Riigikantselei, lk 372
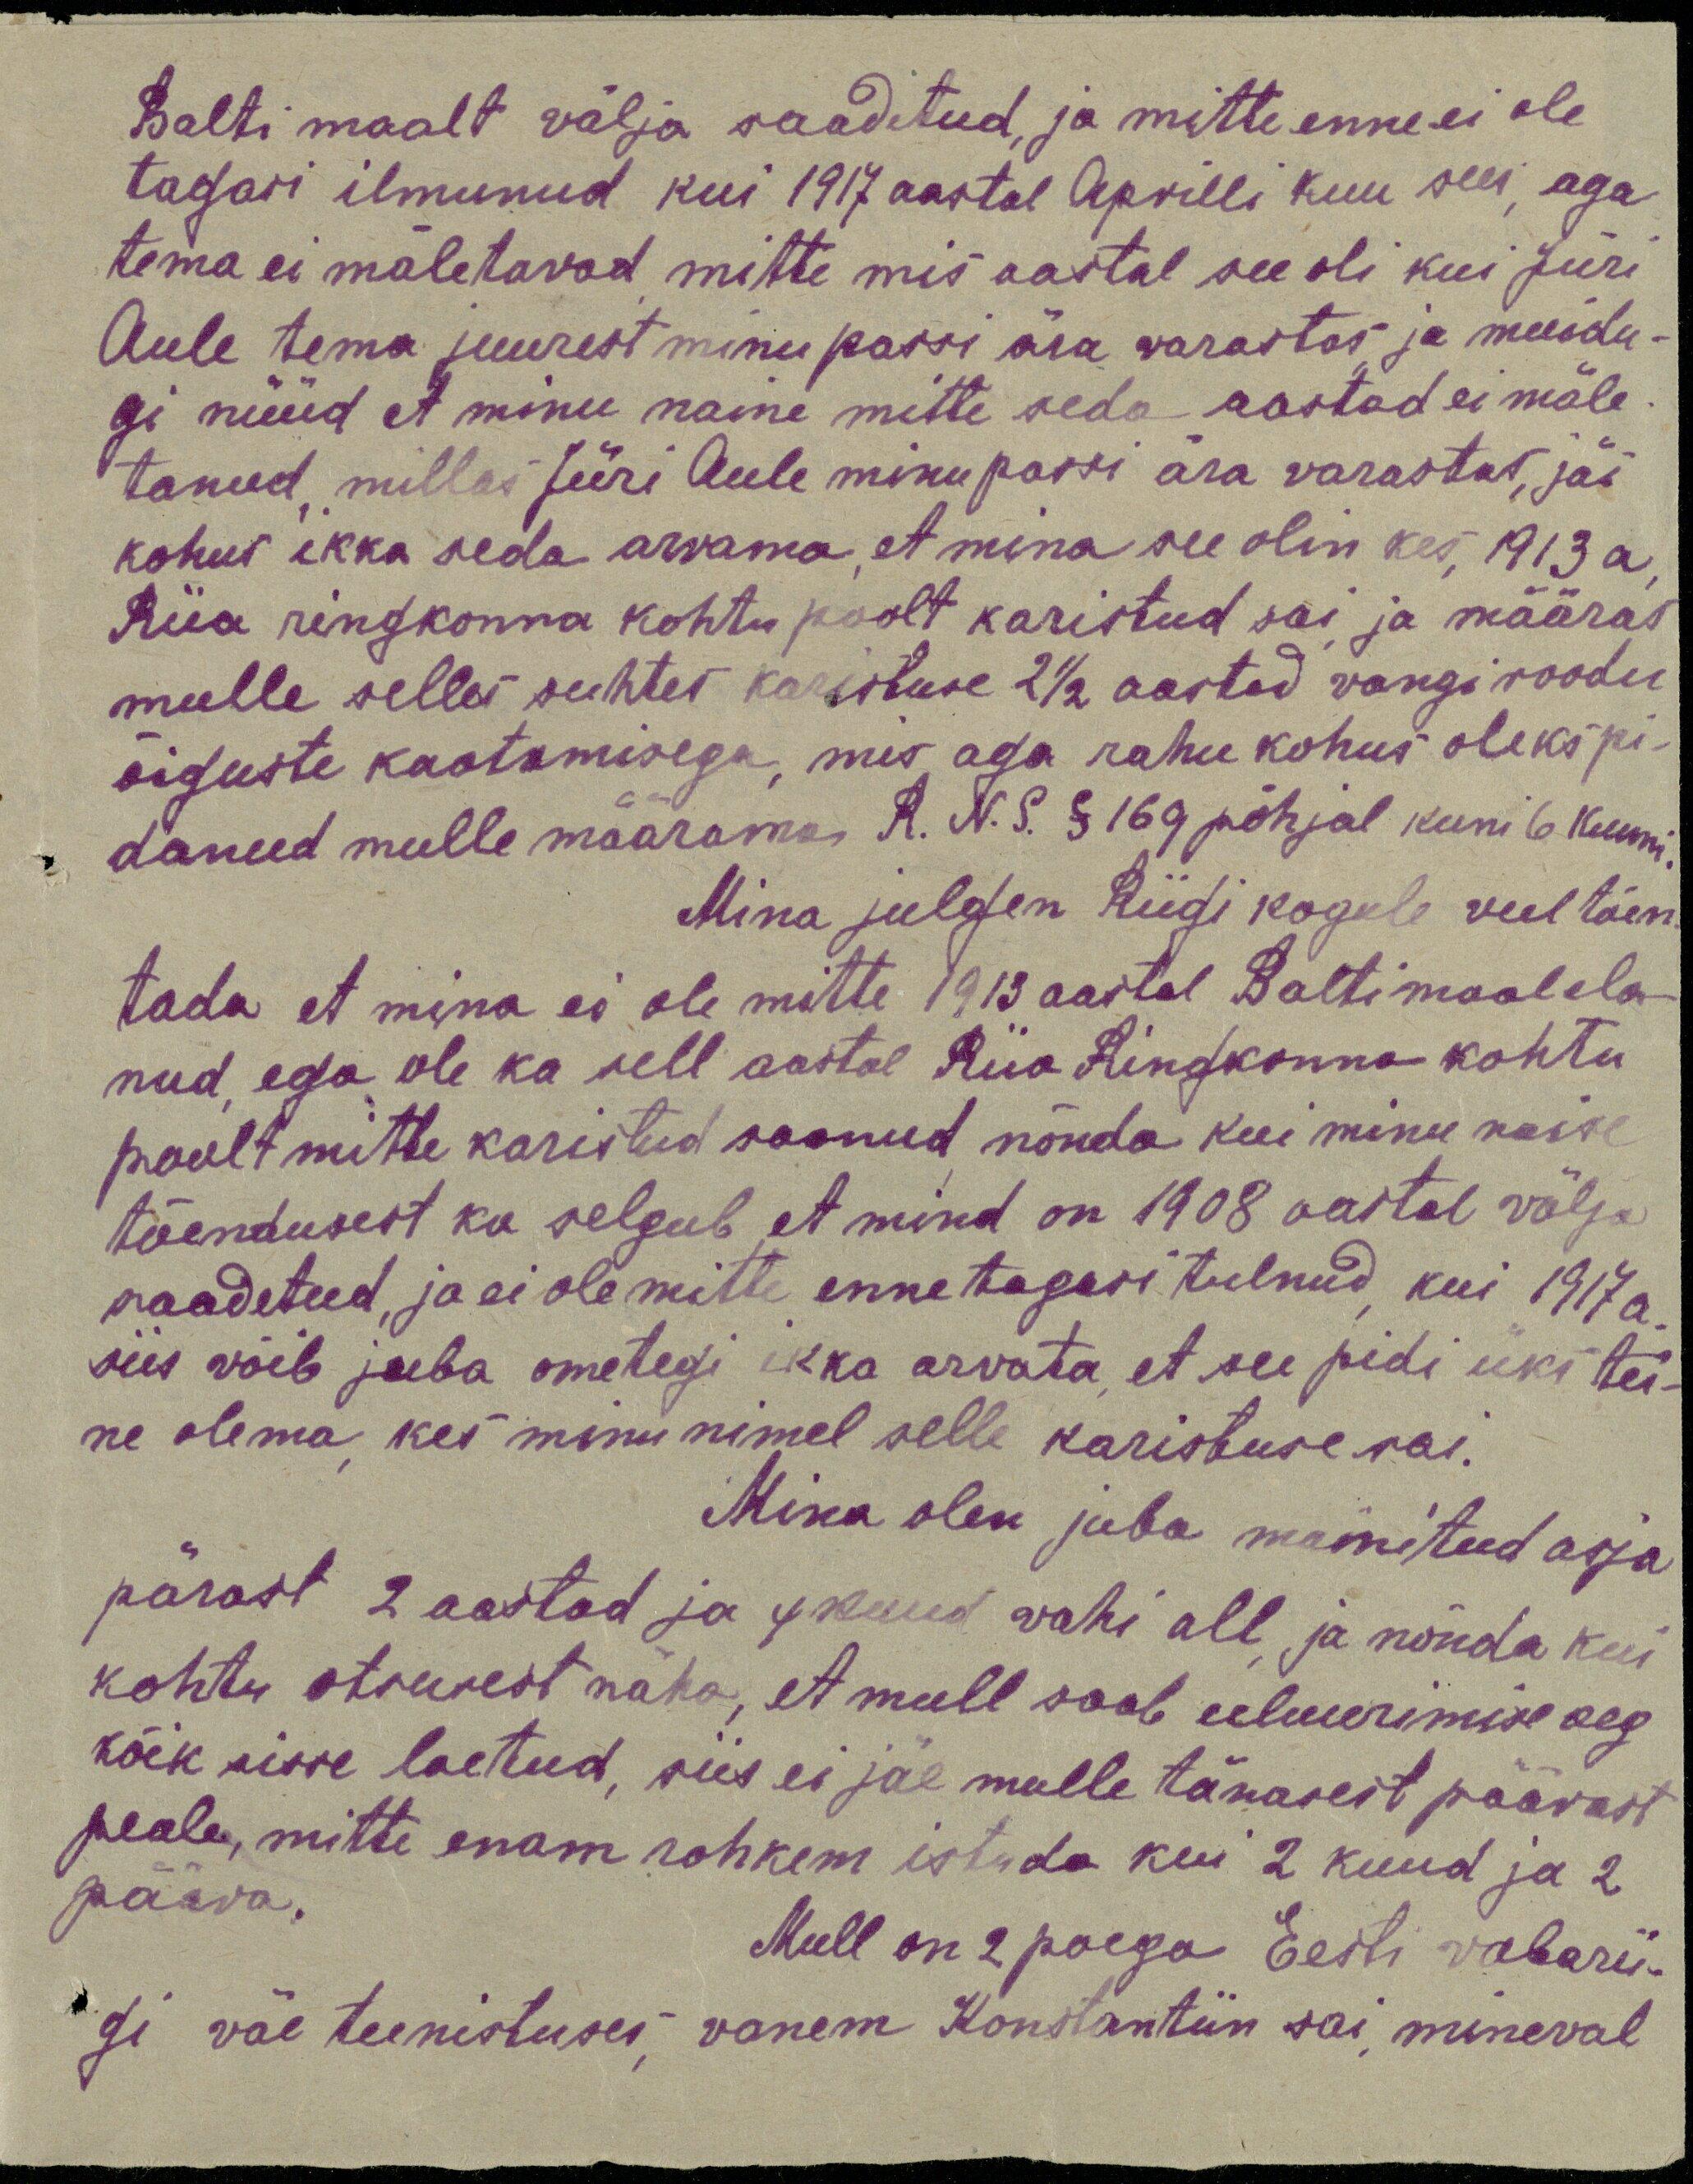
Balti maalt välja saadetud ja mitte enne ei ole
tagasi ilmunud kui 1917 aastal Aprilli kuu sees, aga
tema ei mäletavad mitte mis aastal see oli kui Jüri
Aule tema juurest minu passi ära varastas ja muidu-
gi nüüd et minu naine mitte seda aastad ei mäle-
tanud millas Jüri Aule minu passi ära varastas, jäi
kohus ikka seda arvama, et mina see olin kes 1913 a
Riia ringkonna kohtu poolt karistud sai ja määras
mulle selles suhtes karistuse 2 1/2 aastad vangi roodu
õiguste kaotamisega, mis aga rahu kohus oleks pi-
danud mulle määramas R. N. S. § 169 põhjal kuni 6 kuuni
Mina julgen Riigi kogule veel tõen-
tada et mina ei ole mitte 1913 aastal Baltimaal ela-
nud ega ole ka sell aastal Riia Ringkonna kohtu
poolt mitte karistud saanud nõnda kui minu naise
tõendusest ka selgub et mind on 1908 aastal välja
saadetud, ja ei ole mitte enne tagasi tulnud, kui 1917 a.
siis võib juba ometegi ikka arvata, et see pidi üks tei-
ne olema kes minu nimel selle karistuse sai.
Mina olen juba mainiteed asja
pärast 2 aastad ja 4 kuud vahi all ja nõnda kui
kohtu otsusest näha, et mull saab eiluurimise aeg
kõik sisse loetud, siis ei jäe mulle tänasest päävast
peale, mitte enam rohkem istuda kui 2 kuud ja 2
pääva.
Mull on 2 poega Eesti vabarii-
gi väe teenistuses, vanem Konstantiin sai mineval